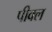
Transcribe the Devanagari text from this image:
पीक्ल